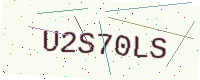
Text: U2S70LS